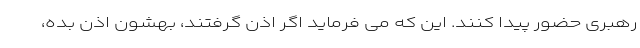
رهبری حضور پیدا کنند. این که می فرماید اگر اذن گرفتند، بهشون اذن بده،